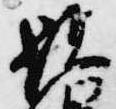
顕